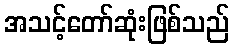
အသင့်တော်ဆုံးဖြစ်သည်